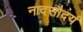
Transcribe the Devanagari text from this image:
नादसौदर्य